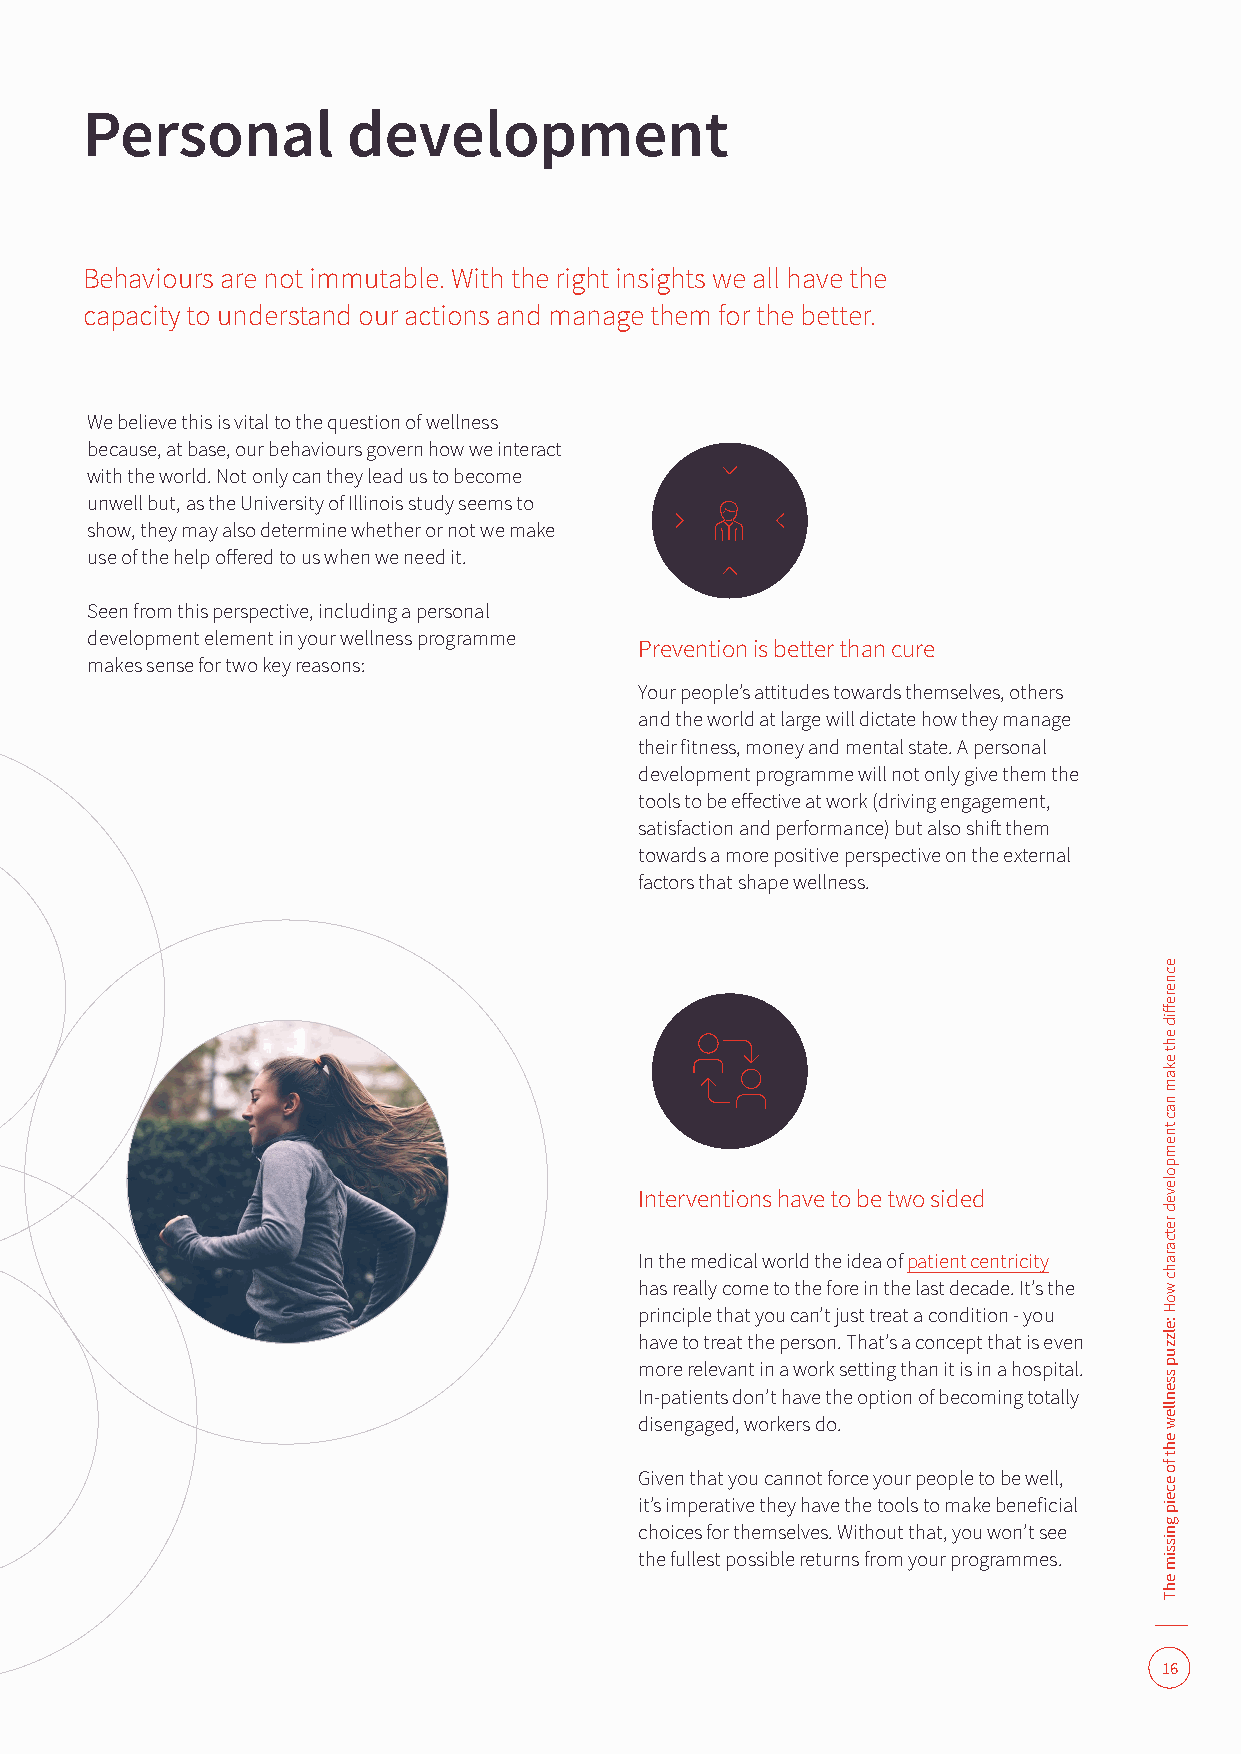
Personal          development
 Behaviours are not immutable. With the right insights we all have the
 capacity to understand our actions and manage them for the better.
 We believe this is vital to the question of wellness
 because, at base, our behaviours govern how we interact
 with the world. Not only can they lead us to become
 unwell but, as the University of Illinois study seems to
 show, they may also determine whether or not we make
 use of the help offered to us when we need it.
 Seen from this perspective, including a personal
 development element in your wellness programme
 Prevention is better than cure
 makes sense for two key reasons:
 Your people’s attitudes towards themselves, others
 and the world at large will dictate how they manage
 their fitness, money and mental state. A personal
 development programme will not only give them the
 tools to be effective at work (driving engagement,
 satisfaction and performance) but also shift them
 towards a more positive perspective on the external
 factors that shape wellness.
 Interventions have to be two sided
 In the medical world the idea of patient centricity
 has really come to the fore in the last decade. It’s the
 principle that you can’t just treat a condition - you
 have to treat the person. That’s a concept that is even
 more relevant in a work setting than it is in a hospital.
 In-patients don’t have the option of becoming totally
 disengaged, workers do.
 Given that you cannot force your people to be well,
 it’s imperative they have the tools to make beneficial
 choices for themselves. Without that, you won’t see
 the fullest possible returns from your programmes.
 16
 ecnereffid
 eht
 ekam
 nac
 tnempoleved
 retcarahc
 woH
 :elzzup
 ssenllew
 eht
 fo
 eceip
 gnissim
 ehT